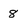
Character: 8